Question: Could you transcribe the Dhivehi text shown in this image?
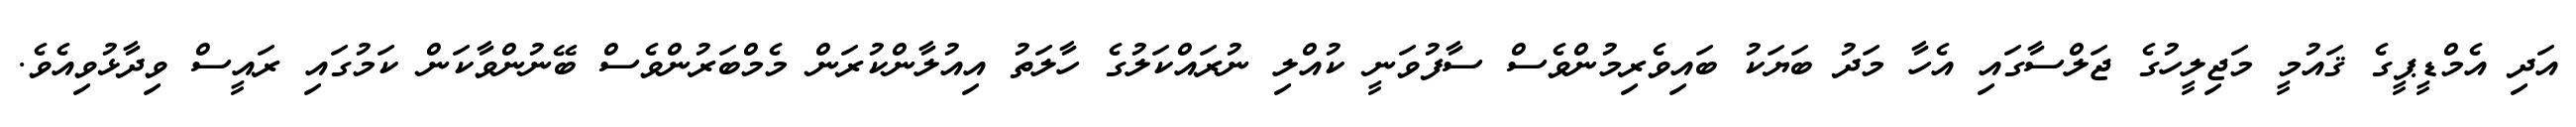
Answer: އަދި އެމްޑީޕީގެ ޤައުމީ މަޖިލީހުގެ ޖަލްސާގައި އެހާ މަދު ބަޔަކު ބައިވެރިމުންވެސް ސާފުވަނީ ކުއްލި ނުރައްކަލުގެ ހާލަތު އިއުލާންކުރަން މެމްބަރުންވެސް ބޭނުންވާކަން ކަމުގައި ރައީސް ވިދާޅުވިއެވެ.